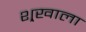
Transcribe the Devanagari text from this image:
श्र्‌खाला